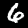
Digit: 6